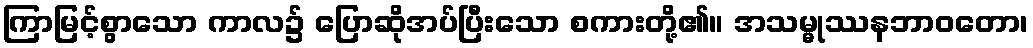
ကြာမြင့်စွာသော ကာလ၌ ပြောဆိုအပ်ပြီးသော စကားတို့၏။ အသမ္မုဿနဘာဝတော၊